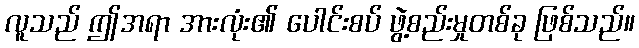
လူသည် ဤအရာ အားလုံး၏ ပေါင်းစပ် ဖွဲ့စည်းမှုတစ်ခု ဖြစ်သည်။